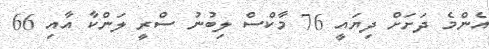
އެންމެ ދަށަށް ދިޔައީ 76 މާކްސް ލިބުނު ސްރީ ލަންކާ އާއި 66